Vaccination Hyderabad 1890-1903 - 1890-1903
Year: 1890
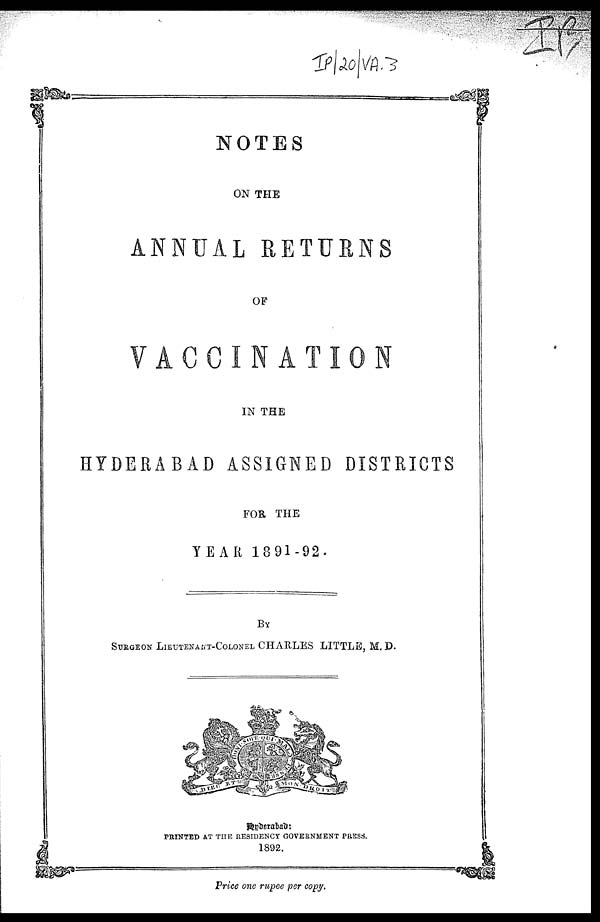
NOTES
ON THE
ANNUAL RETURNS
OF
VACCINATION
IN THE
HYDERABAD ASSIGNED DISTRICTS
FOR THE
YEAR 1891-92.
BY
SURGEON LIEUTENANT-COLONEL CHARLES LITTLE, M. D.
Hyderabad :
PRINTED AT THE RESIDENCY GOVERNMENT PRESS.
1892.
Price one rupee per copy.